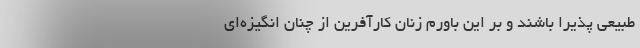
طبیعی پذیرا باشند و بر این باورم زنان کارآفرین از چنان انگیزه‌ای